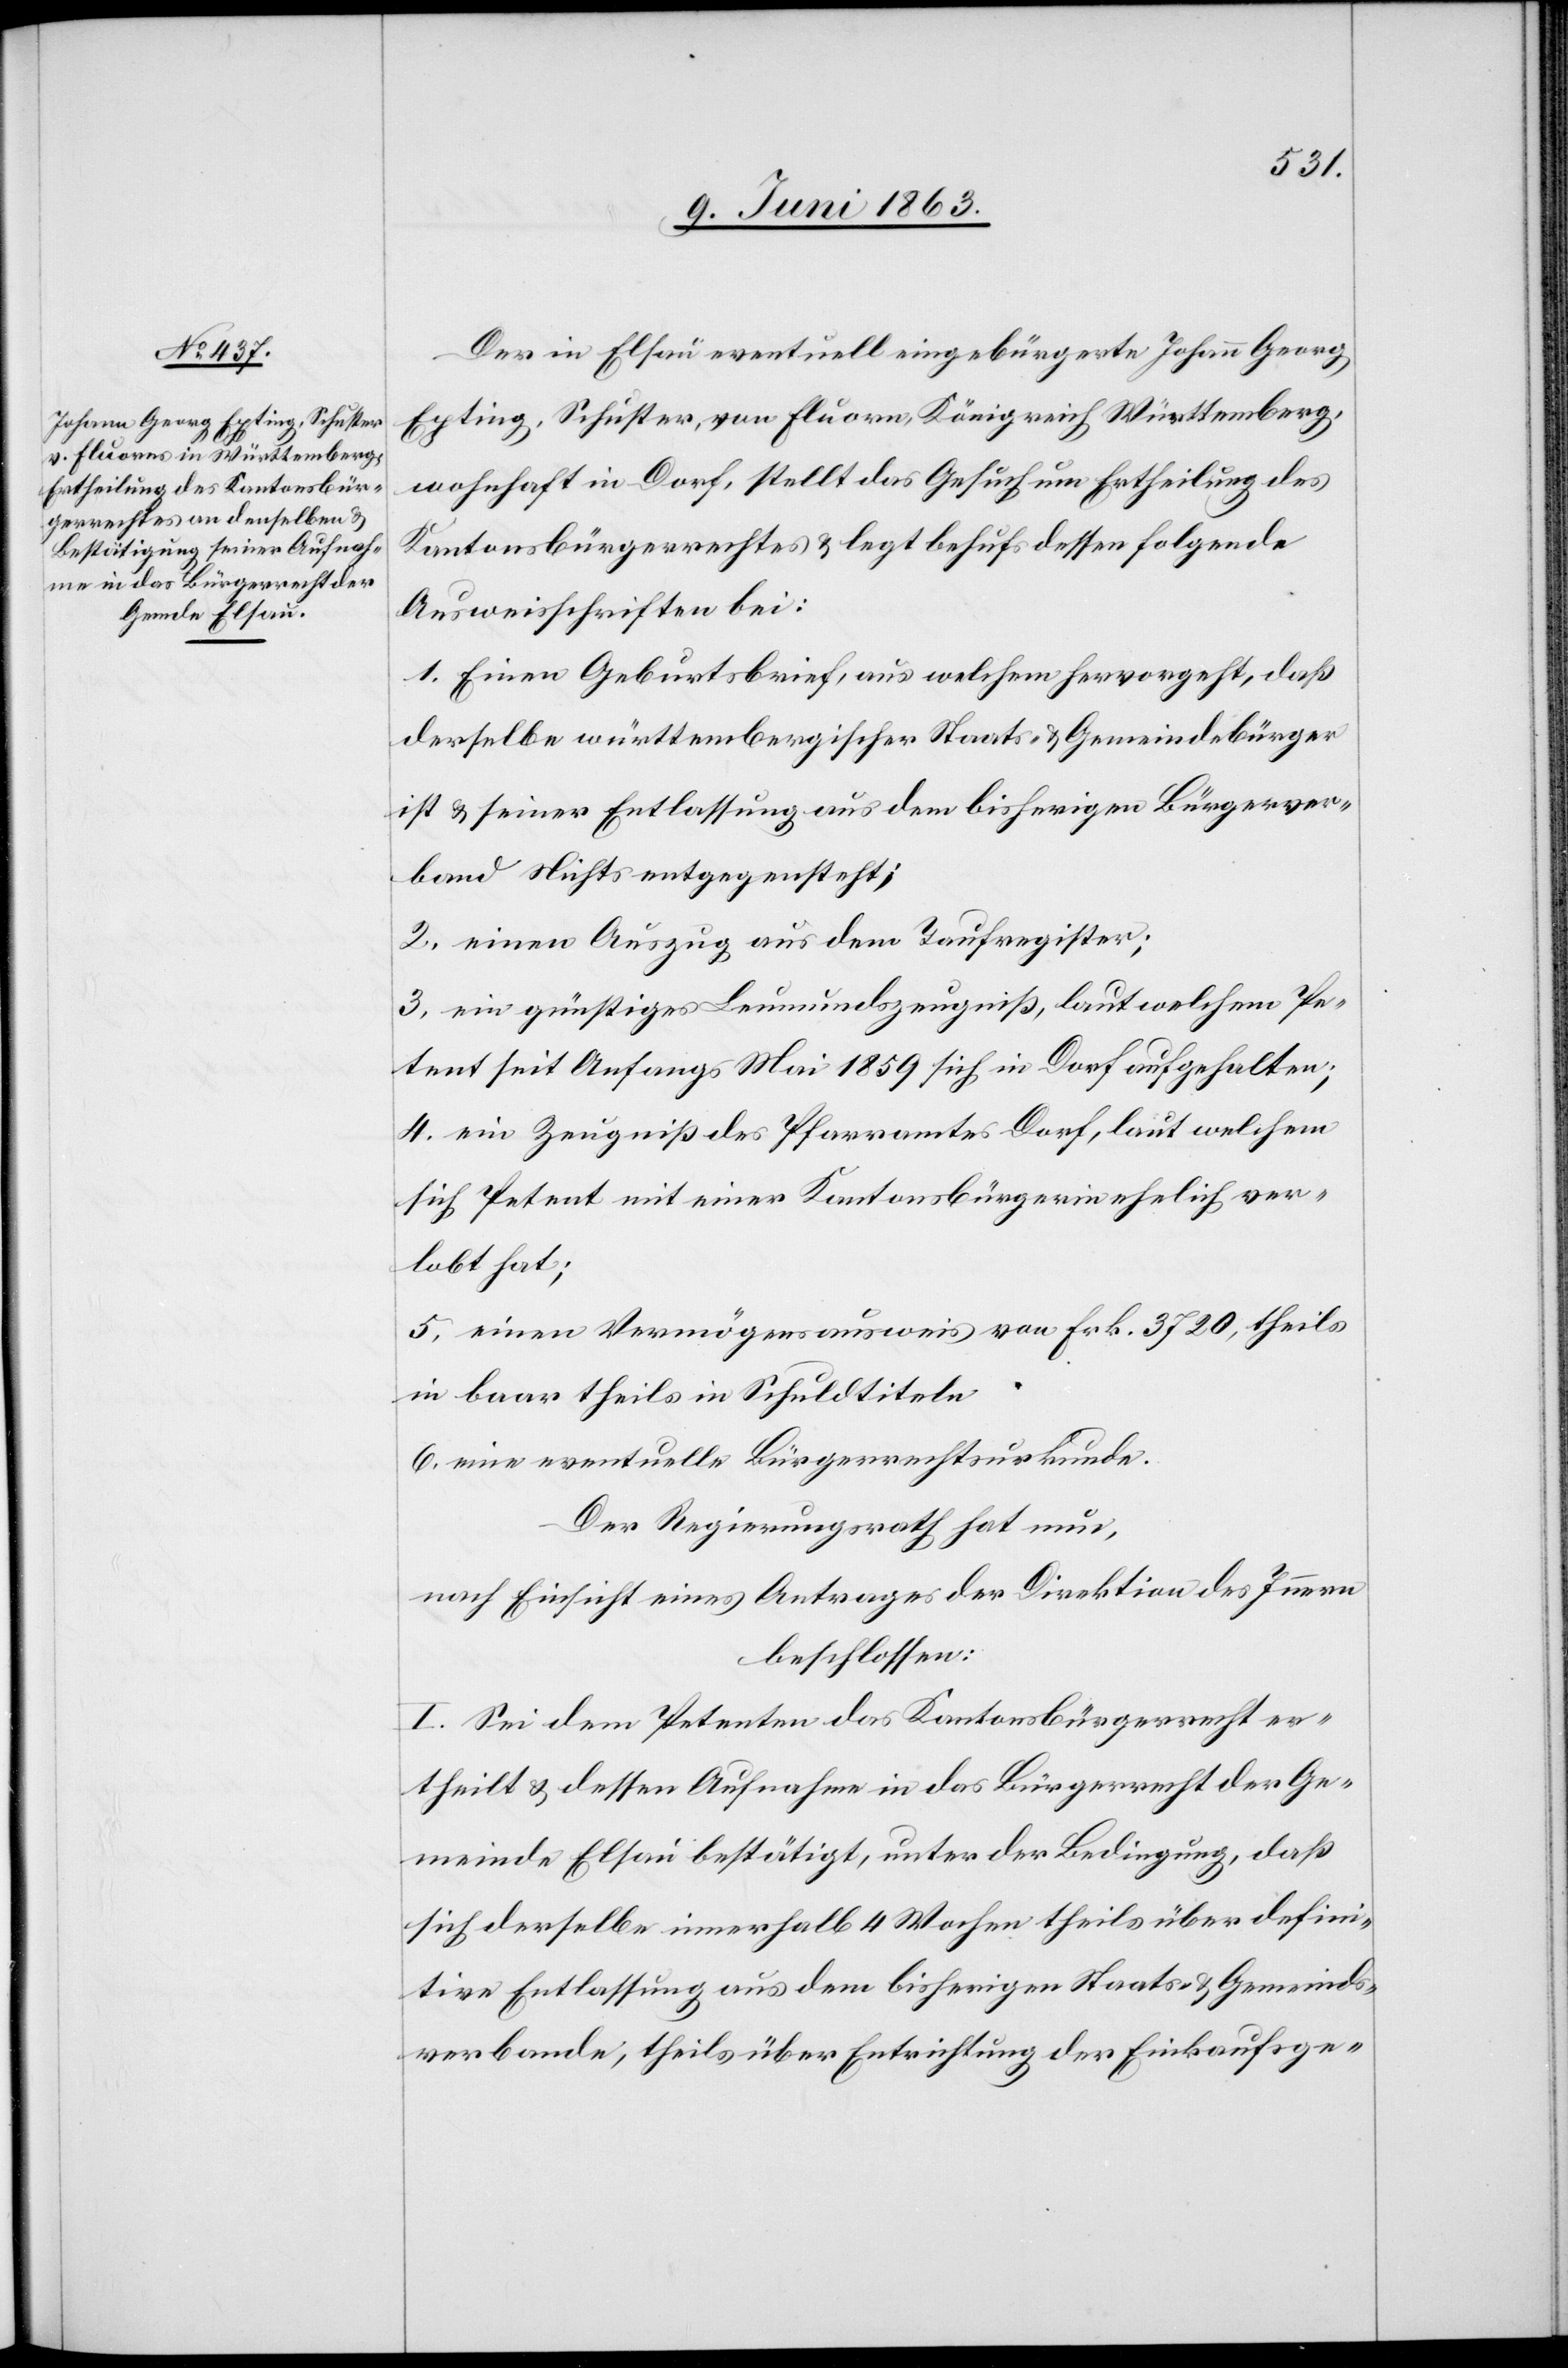
Der in Elsau eventuell eingebürgerte Johann Georg
Epting, Schuster, von Flourn, Königreich Württemberg,
wohnhaft in Dorf, stellt das Gesuch um Ertheilung des
Kantonsbürgerrechtes & legt behufs dessen folgende
Ausweisschriften bei:
1. Einen Geburtsbrief, aus welchem hervorgeht, daß
derselbe württembergischer Staats- & Gemeindebürger
ist & seiner Entlassung aus dem bisherigen Bürgerver¬
band Nichts entgegensteht;
2. einen Auszug aus dem Taufregister;
3. ein günstiges Leumundszeugniß, laut welchem Pe¬
tent seit Anfangs Mai 1859 sich in Dorf aufgehalten;
4. ein Zeugniß des Pfarramtes Dorf, laut welchem
sich Petent mit einer Kantonsbürgerin ehelich ver¬
lobt hat;
5. einen Vermögensausweis von Frk. 3720, theils
in baar theils in Schuldtiteln
6. eine eventuelle Bürgerrechtsurkunde.
Der Regierungsrath hat nun,
nach Einsicht eines Antrages der Direktion des Innern
beschlossen:
I. Sei dem Petenten das Kantonsbürgerrecht er¬
theilt & dessen Aufnahme in das Bürgerrecht der Ge¬
meinde Elsau bestätigt, unter der Bedingung, daß
sich derselbe innerhalb 4 Wochen theils über defini¬
tive Entlassung aus dem bisherigen Staats- & Gemeinds¬
verbande, theils über Entrichtung der Einkaufsge-